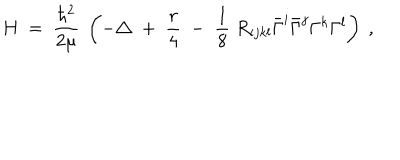
LaTeX: H \ = \ \frac { \hbar ^ { 2 } } { 2 \mu } \ \left( - \triangle \; + \; \frac r 4 \; - \; \frac 1 8 \; R _ { i j k l } \bar { \Gamma } ^ { i } \bar { \Gamma } ^ { j } \Gamma ^ { k } \Gamma ^ { l } \right) \ ,